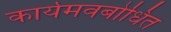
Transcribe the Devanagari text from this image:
कार्यमवबोधित